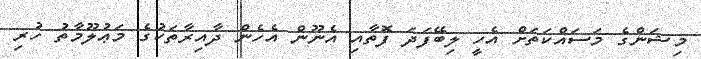
މިޝަންގެ މަސައްކަތަށް އެހީ ލިބޭފަދަ ފޮތާއި އެނޫން އެހެން ދާއިރާތަކުގެ މަޢުލޫމާތު ހުރި